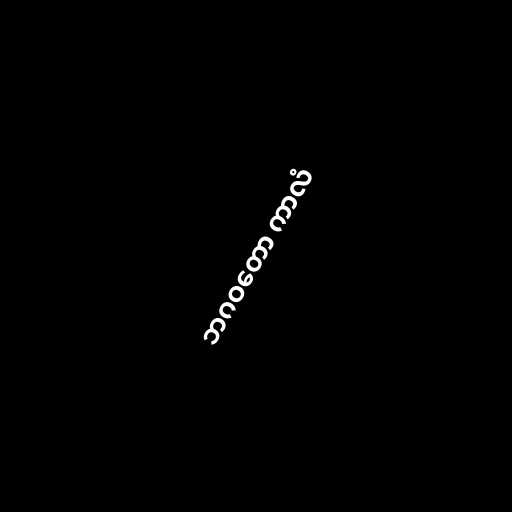
ဘဂဝတော ကာလံ